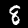
Digit: 8